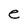
Character: e